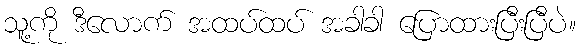
သူ့ကို ဒီလောက် အထပ်ထပ် အခါခါ ပြောထားပြီးပြီပဲ။